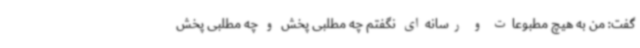
گفت: من به هیچ مطبوعات و رسانه‌ای نگفتم چه مطلبی پخش و چه مطلبی پخش